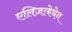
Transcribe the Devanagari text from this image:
एलिज़ाबेथेन